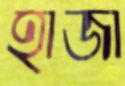
হাজা